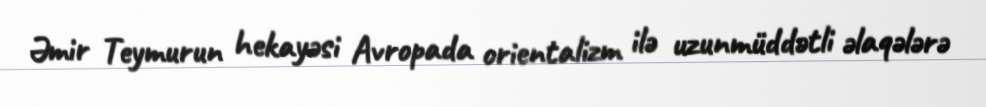
Əmir Teymurun hekayəsi Avropada orientalizm ilə uzunmüddətli əlaqələrə